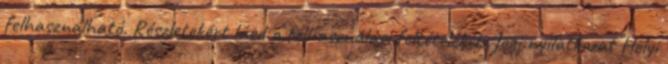
felhasználható. Részletekért lásd a felhasználási feltételeket. Jogi nyilatkozat Helyi